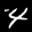
Label: 4